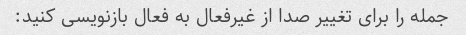
جمله را برای تغییر صدا از غیرفعال به فعال بازنویسی کنید: